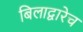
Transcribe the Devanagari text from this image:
बिलाद्वारेच